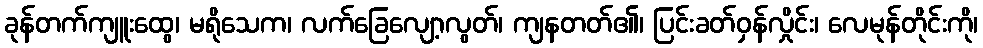
ခုန်တက်ကျူးထွေ၊ မရိုသေက၊ လက်ခြေလျော့လွတ်၊ ကျနတတ်၏၊ ပြင်းခတ်ဝှန်လှိုင်း၊ လေမုန်တိုင်းကို၊